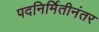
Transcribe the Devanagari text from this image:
पदनिर्मितीनंतर